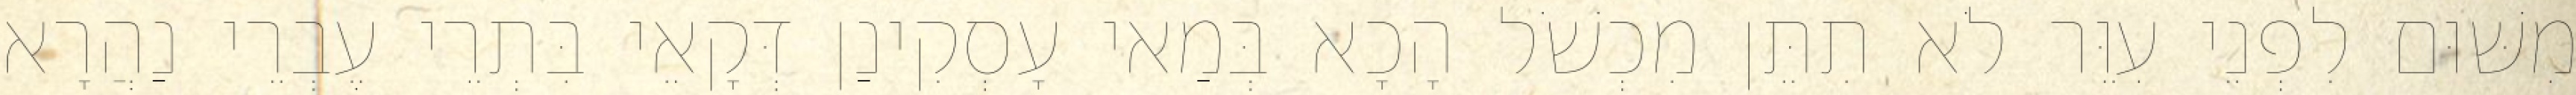
מִשּׁוּם לִפְנֵי עִוֵּר לֹא תִתֵּן מִכְשֹׁל הָכָא בְּמַאי עָסְקִינַן דְּקָאֵי בִּתְרֵי עֶבְרֵי נַהֲרָא